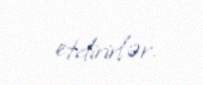
etdirirlər.